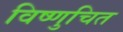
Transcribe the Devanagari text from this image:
विष्णुचित